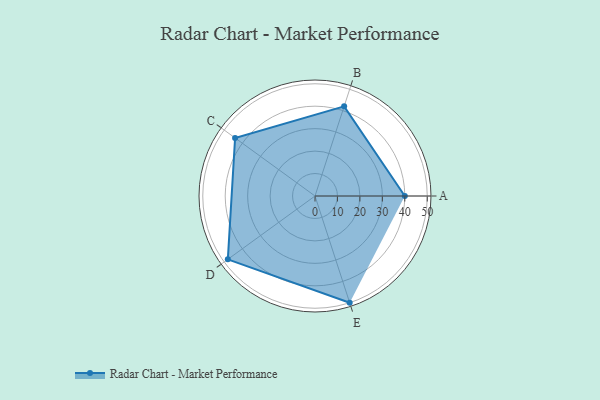
{"axis": {"x": "Skill", "y": "Score"}, "legend": ["Profile"], "data": [{"x": "A", "y": 40.0, "type": "Profile"}, {"x": "B", "y": 42.0, "type": "Profile"}, {"x": "C", "y": 44.0, "type": "Profile"}, {"x": "D", "y": 48.0, "type": "Profile"}, {"x": "E", "y": 50.0, "type": "Profile"}]}